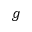
g